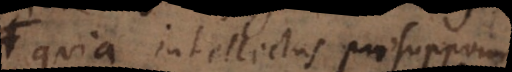
quia intellectus praesupponit